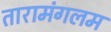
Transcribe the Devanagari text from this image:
तारामंगलम